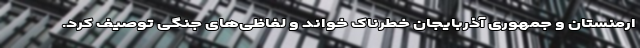
ارمنستان و جمهوری آذربایجان خطرناک خواند و لفاظی‌های جنگی توصیف کرد.